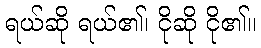
ရယ်ဆို ရယ်၏၊ ငိုဆို ငို၏။